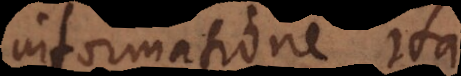
informatione ita